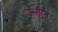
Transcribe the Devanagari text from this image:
उन्हीनें